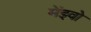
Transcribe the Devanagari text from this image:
मेंइवो